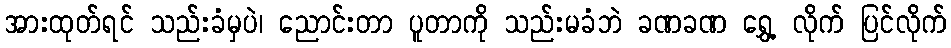
အားထုတ်ရင် သည်းခံမှပဲ၊ ညောင်းတာ ပူတာကို သည်းမခံဘဲ ခဏခဏ ရွှေ့ လိုက် ပြင်လိုက်